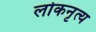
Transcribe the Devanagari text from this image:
लोकनृत्‍य